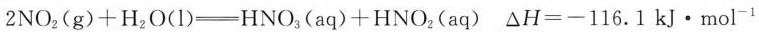
2NO_{2}(g)+H_{2}O(l) \xlongequal[]{} HNO_{3}(aq)+HNO_{2}(aq) △H=-116.1 kJ·mol^{-1}